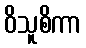
ဝိသူစိကာ